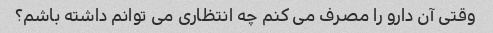
وقتی آن دارو را مصرف می کنم چه انتظاری می توانم داشته باشم؟